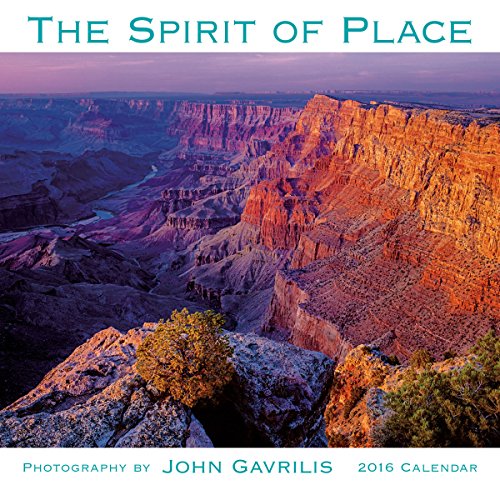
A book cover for Spirit of Place 2016 Mini Calendar; John Gavrilis; Calendars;